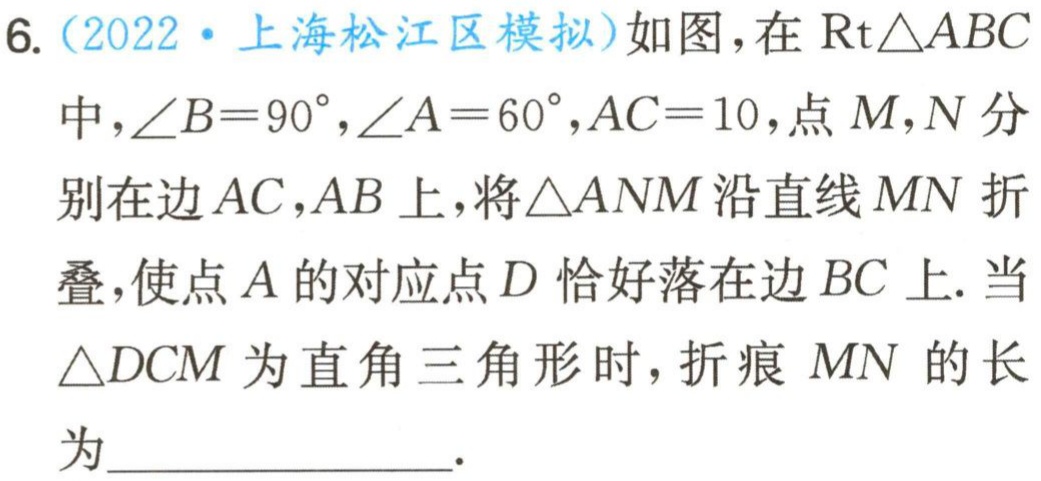
6.（2022·上海松江区模拟）如图，在$\text{Rt}\triangle ABC$中，$\angle B = 90^{\circ},\angle A = 60^{\circ},AC = 10$，点$M,N$分别在边$AC,AB$上，将$\triangle ANM$沿直线$MN$折叠，使点$A$的对应点$D$恰好落在边$BC$上. 当$\triangle DCM$为直角三角形时，折痕$MN$的长为________________.